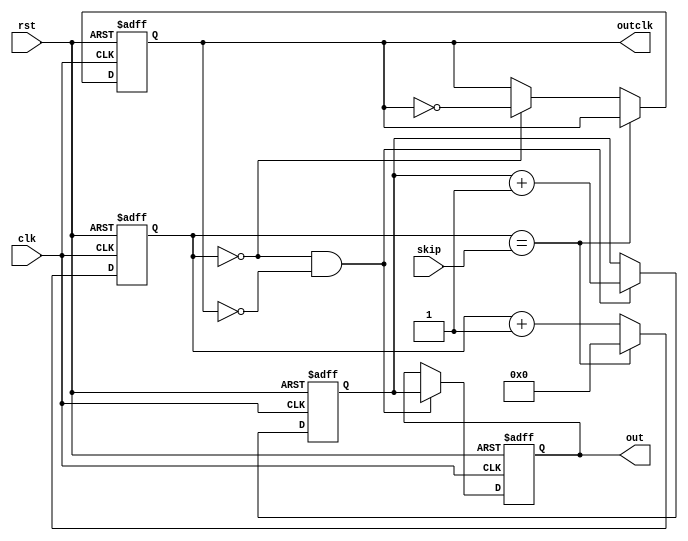
module cnt (
    rst,
    clk,
    skip,
    out,
    outclk
);

  input rst, clk;
  input [31:0] skip;
  output outclk;
  output [3:0] out;
  reg clkreg;
  reg [31:0] tmp2;
  reg [3:0] out, tmp;

  always @(posedge clk or negedge rst) begin
    if (!rst) begin
      out <= 4'b0000;
      tmp <= 4'b0000;
    end else begin
      if (!tmp2 && !clkreg) begin
        tmp <= tmp + 1;
        out <= tmp;
      end
    end
  end

  always @(posedge clk or negedge rst) begin
    if (!rst) begin
      clkreg <= 0;
      tmp2   <= 0;
    end else begin
      tmp2 <= tmp2 + 1;
      if (tmp2 == skip) tmp2 <= 0;
      else if (tmp2 == 0) clkreg <= ~clkreg;
    end
  end

  assign outclk = clkreg;

endmodule